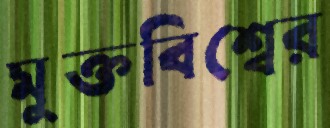
মুক্তবিশ্বের